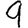
Digit: 9